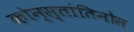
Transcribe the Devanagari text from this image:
कोन्स्तांतिनोस